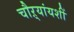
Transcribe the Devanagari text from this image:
चौऱ्यांयशीं